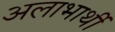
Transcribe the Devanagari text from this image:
अलाभार्थी